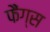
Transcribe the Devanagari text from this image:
फैंग्स